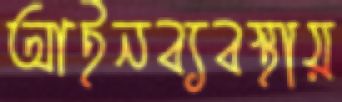
আইনব্যবস্থায়